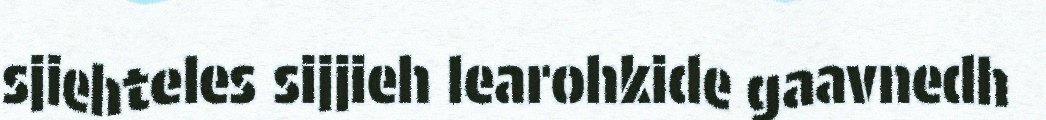
sjiehteles sijjieh learohkide gaavnedh